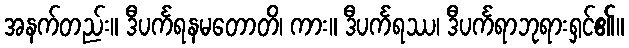
အနက်တည်း။ ဒီပင်္ကရနမတောတိ၊ ကား။ ဒီပင်္ကရဿ၊ ဒီပင်္ကရာဘုရားရှင်၏။